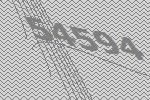
54594